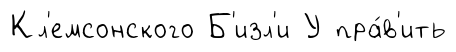
Кл'емсонского Б'изл'и У пра́в'ить